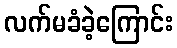
လက်မခံခဲ့ကြောင်း